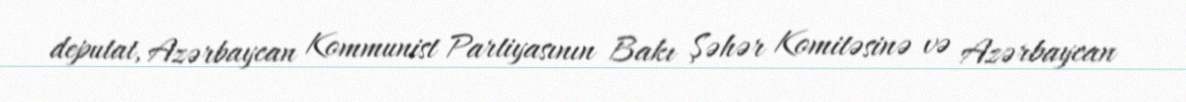
deputat, Azərbaycan Kommunist Partiyasının Bakı Şəhər Komitəsinə və Azərbaycan